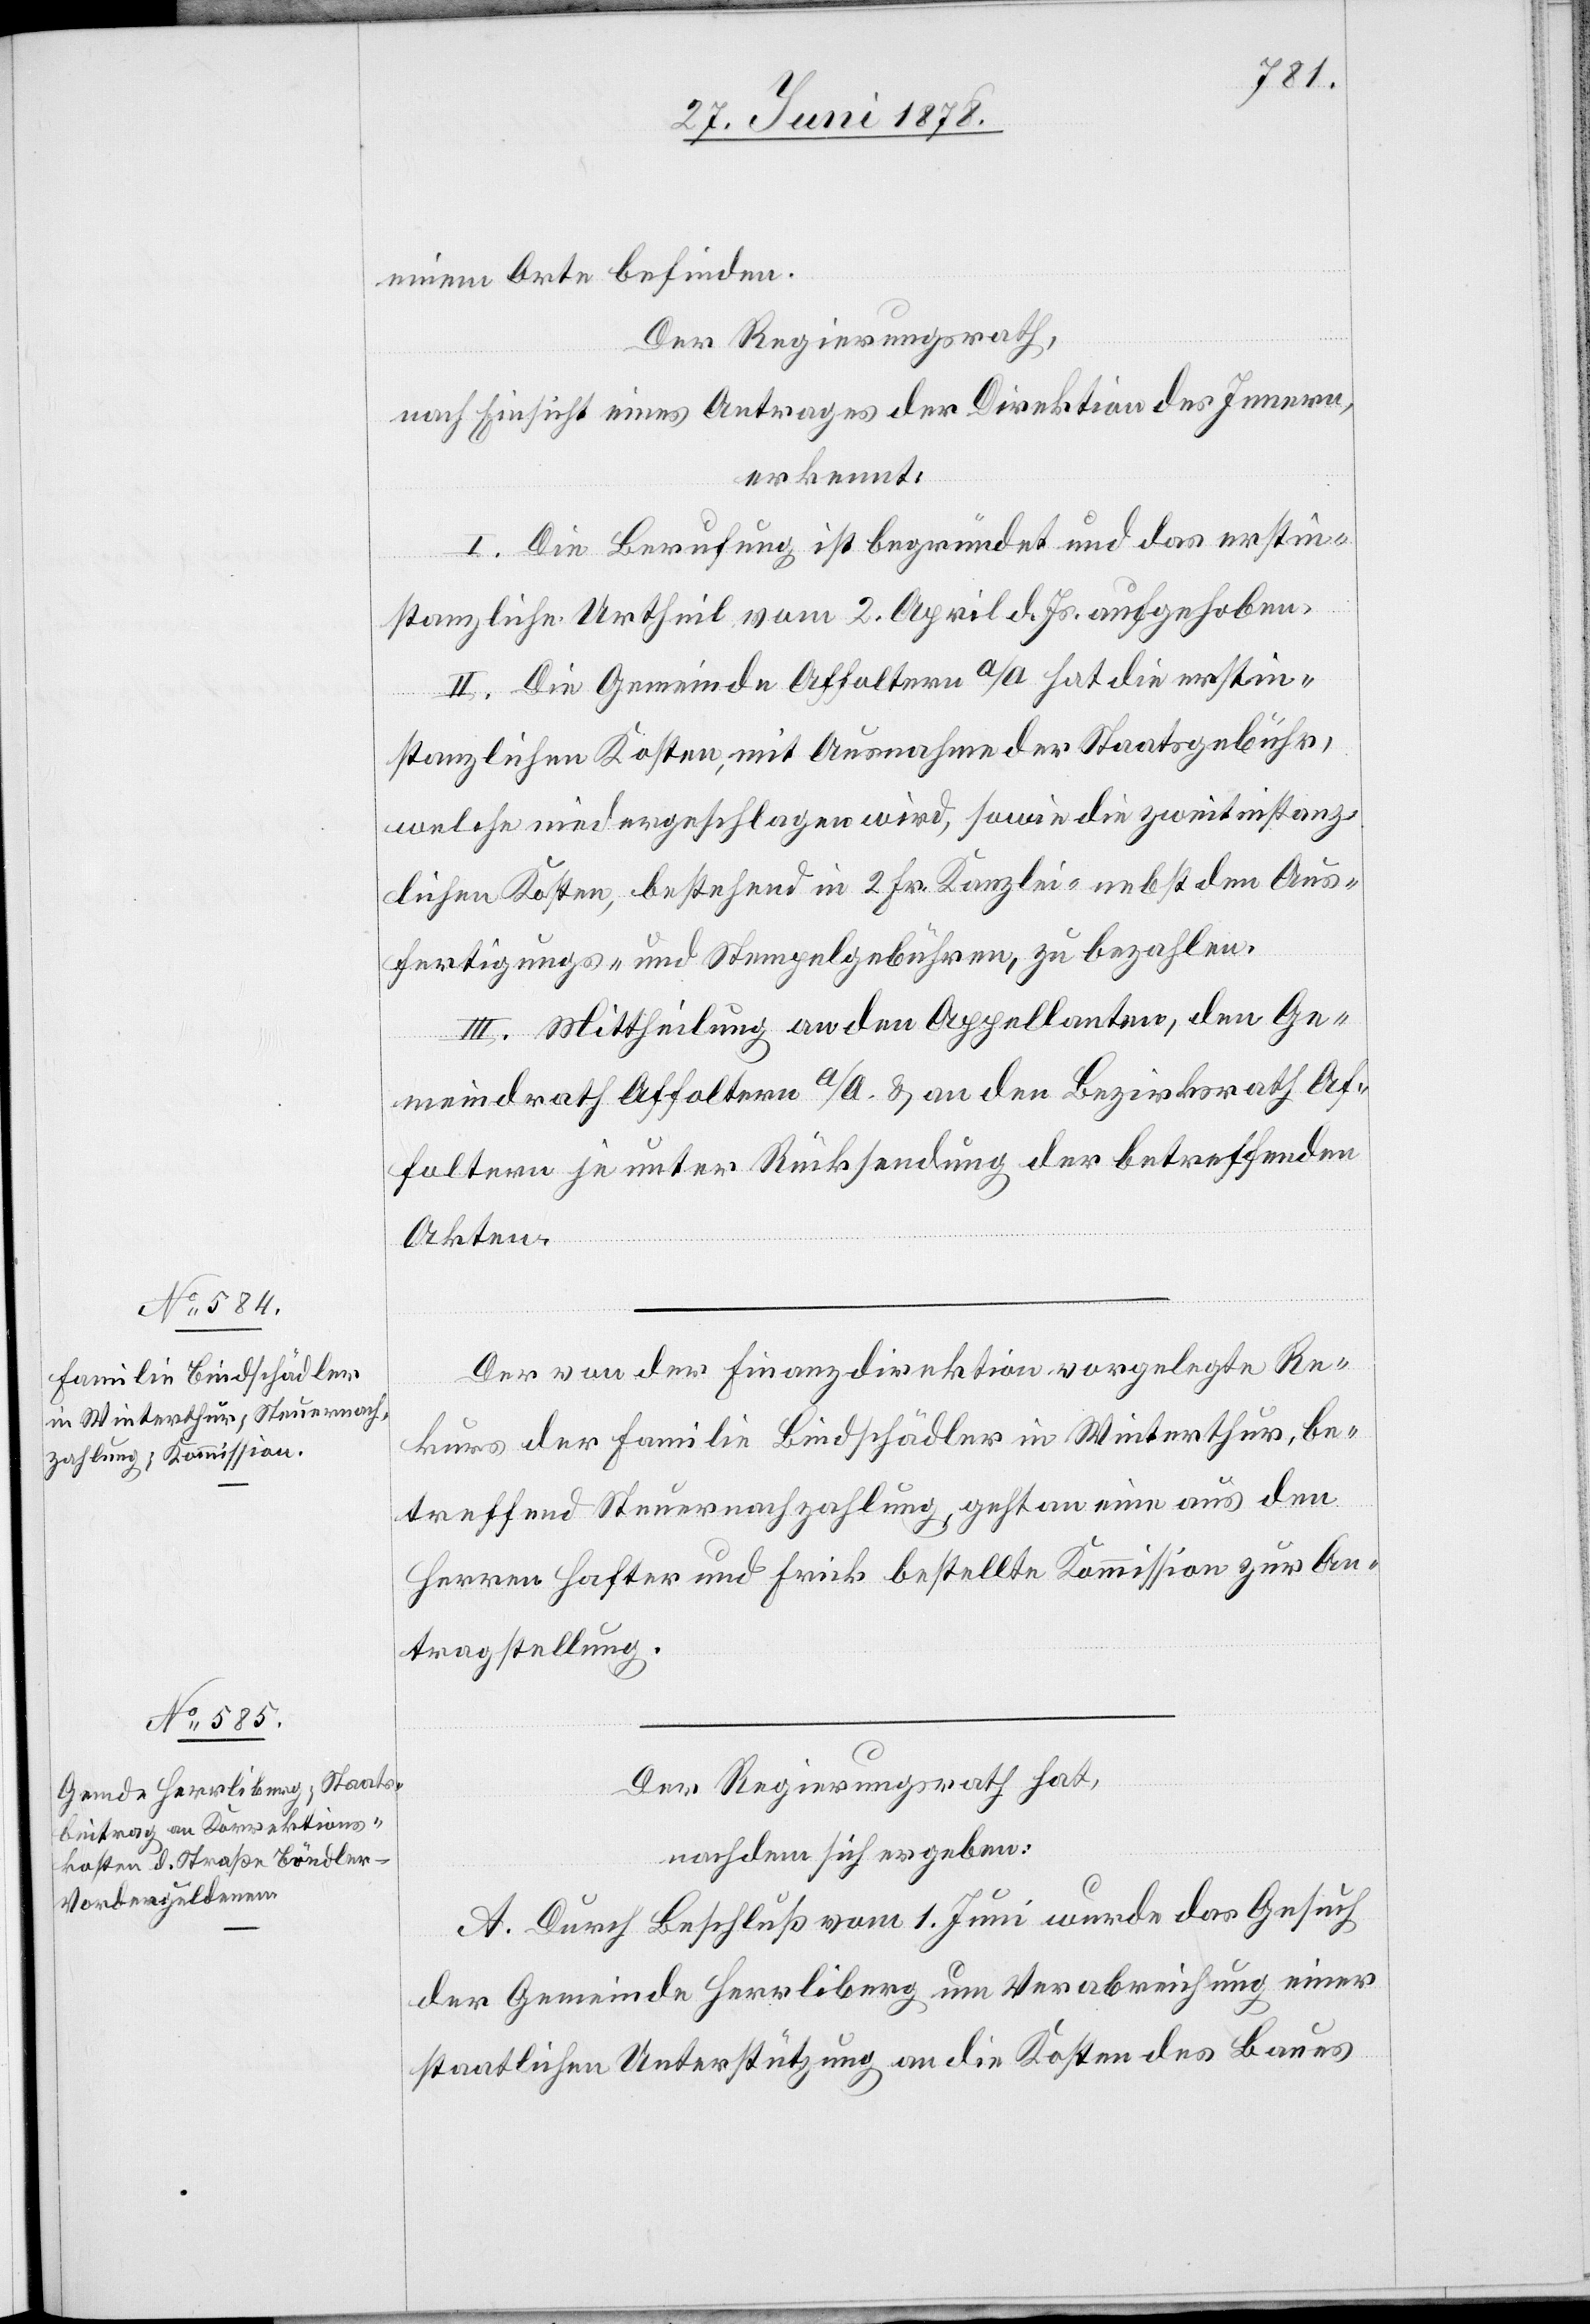
stanz¬
einem Orte befinden.
Der Regierungsrath,
nach Einsicht eines Antrages der Direktion des Innern,
erkennt:
I. Die Berufung ist begründet und das erstin¬
stanzliche Urtheil vom 2. April d. Js. aufgehoben.
II. Die Gemeinde Affoltern a/A hat die erstin¬
lichen Kosten, bestehend in 2 Fr. Kanzlei- nebst den Aus¬
fertigungs- und Stempelgebühren, zu bezahlen.
III. Mittheilung an den Appellanten, den Ge¬
meindrath Affoltern a/A. & an den Bezirksrath Af¬
foltern je unter Rücksendung der betreffenden
Akten.
Der von der Finanzdirektion vorgelegte Re¬
kurs der Familie Bindschädler in Winterthur, be¬
treffend Steuernachzahlung, geht an eine aus den
Herren Hafter und Frick bestellte Kommission zur An¬
tragstellung.
Der Regierungsrath hat,
nachdem sich ergeben:
A. Durch Beschluß vom 1. Juni wurde das Gesuch
der Gemeinde Herrliberg um Verabreichung einer
staatlichen Unterstützung an die Kosten des Baues